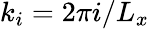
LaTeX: k_{i}=2\pi i/L_{x}